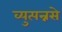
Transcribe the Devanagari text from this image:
व्युत्पन्नसे